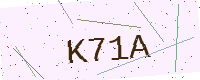
Text: K71A